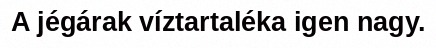
A jégárak víztartaléka igen nagy.